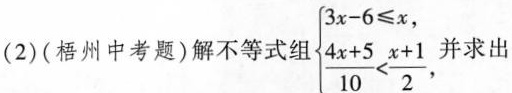
(2)(梧州中考题)解不等式组$$\begin {cases}